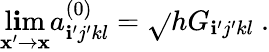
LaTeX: \operatorname*{l\mathbf{i}m}_{\mathbf{x}^{\prime}\rightarrow\mathbf{x}}a_{\mathbf{i}^{\prime}j^{\prime}kl}^{(0)}=\sqrt{}{{h}}G_{\mathbf{i}^{\prime}j^{\prime}kl}\ .